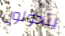
يتحولون